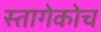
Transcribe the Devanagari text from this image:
स्तागेकोच